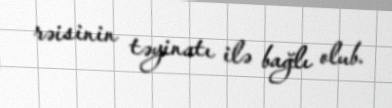
rəisinin təyinatı ilə bağlı olub.